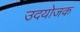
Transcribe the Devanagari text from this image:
उदयोजक